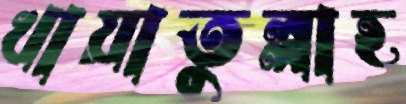
খায়াতুল্লাহ